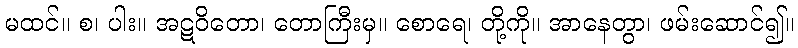
မထင်။ စ၊ ပါး။ အဋဝိတော၊ တောကြီးမှ။ စောရေ၊ တို့ကို။ အာနေတွာ၊ ဖမ်းဆောင်၍။